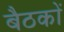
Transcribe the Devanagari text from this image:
बैठकाें